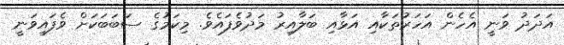
އަދަދު ވަނީ އެހެން އަހަރުތަކާއި އަޅާއި ބަލާއިރު މަދުވެފައެވެ. މިކަމުގެ ސަބަބަކަށް ވެފައިވަނީ